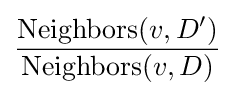
{\frac {{\text{Neighbors}}(v,D')}{{\text{Neighbors}}(v,D)}}